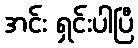
အင်း ရှင်းပါပြီ